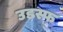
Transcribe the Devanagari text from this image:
उडस्फ